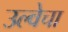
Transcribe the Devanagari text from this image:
उल्वेचा